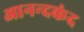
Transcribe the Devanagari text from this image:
आनन्‍दकंद